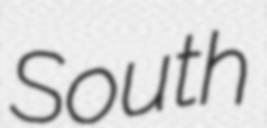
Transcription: South